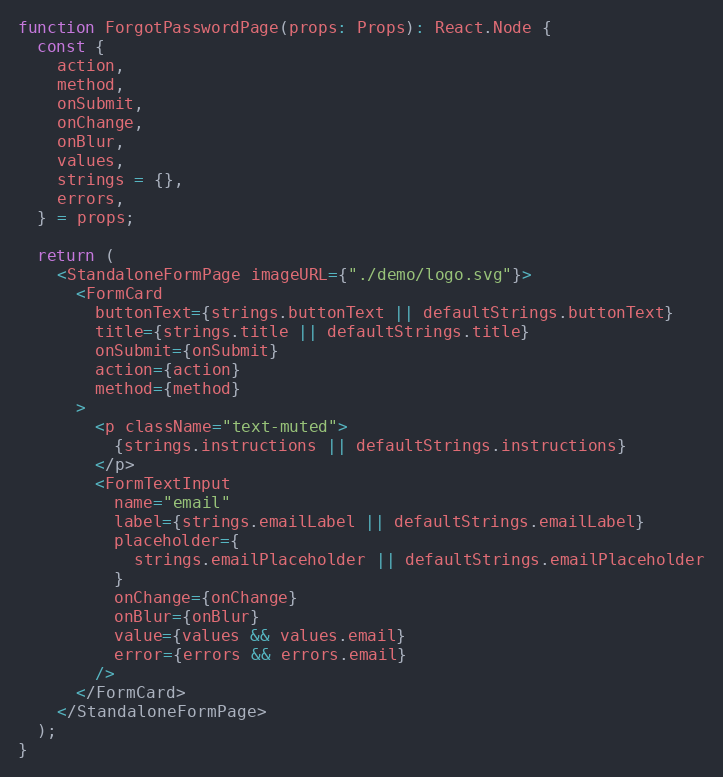
Language: JavaScript
function ForgotPasswordPage(props: Props): React.Node {
  const {
    action,
    method,
    onSubmit,
    onChange,
    onBlur,
    values,
    strings = {},
    errors,
  } = props;

  return (
    <StandaloneFormPage imageURL={"./demo/logo.svg"}>
      <FormCard
        buttonText={strings.buttonText || defaultStrings.buttonText}
        title={strings.title || defaultStrings.title}
        onSubmit={onSubmit}
        action={action}
        method={method}
      >
        <p className="text-muted">
          {strings.instructions || defaultStrings.instructions}
        </p>
        <FormTextInput
          name="email"
          label={strings.emailLabel || defaultStrings.emailLabel}
          placeholder={
            strings.emailPlaceholder || defaultStrings.emailPlaceholder
          }
          onChange={onChange}
          onBlur={onBlur}
          value={values && values.email}
          error={errors && errors.email}
        />
      </FormCard>
    </StandaloneFormPage>
  );
}